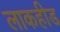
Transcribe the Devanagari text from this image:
लाकहीड